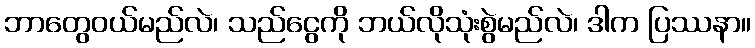
ဘာတွေဝယ်မည်လဲ၊ သည်ငွေကို ဘယ်လိုသုံးစွဲမည်လဲ၊ ဒါက ပြဿနာ။